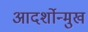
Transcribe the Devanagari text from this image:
आदर्शोन्‍मुख